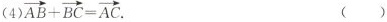
(4 )$$\overrightarrow { A B }